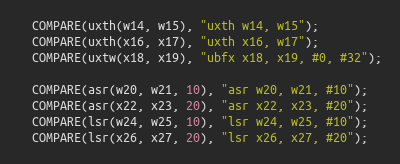
Language: C++
  COMPARE(uxth(w14, w15), "uxth w14, w15");
  COMPARE(uxth(x16, x17), "uxth x16, w17");
  COMPARE(uxtw(x18, x19), "ubfx x18, x19, #0, #32");

  COMPARE(asr(w20, w21, 10), "asr w20, w21, #10");
  COMPARE(asr(x22, x23, 20), "asr x22, x23, #20");
  COMPARE(lsr(w24, w25, 10), "lsr w24, w25, #10");
  COMPARE(lsr(x26, x27, 20), "lsr x26, x27, #20");